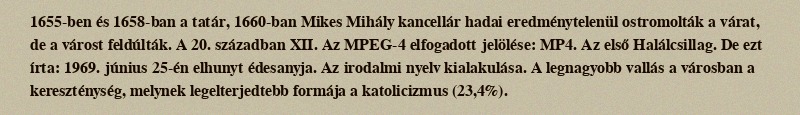
1655-ben és 1658-ban a tatár, 1660-ban Mikes Mihály kancellár hadai eredménytelenül ostromolták a várat, de a várost feldúlták. A 20. században XII. Az MPEG-4 elfogadott jelölése: MP4. Az első Halálcsillag. De ezt írta: 1969. június 25-én elhunyt édesanyja. Az irodalmi nyelv kialakulása. A legnagyobb vallás a városban a kereszténység, melynek legelterjedtebb formája a katolicizmus (23,4%).